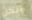
ولكن